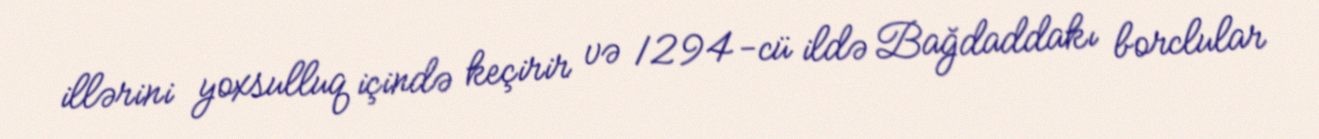
illərini yoxsulluq içində keçirir və 1294-cü ildə Bağdaddakı borclular